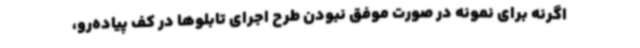
اگرنه برای نمونه در صورت موفق نبودن طرح اجرای تابلوها در کف پیاده‌رو،